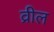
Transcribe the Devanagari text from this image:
व्रील